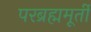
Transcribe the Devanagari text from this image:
परब्रह्ममूर्ती